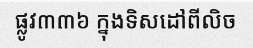
ផ្លូវ៣៣៦ ក្នុងទិសដៅពីលិច